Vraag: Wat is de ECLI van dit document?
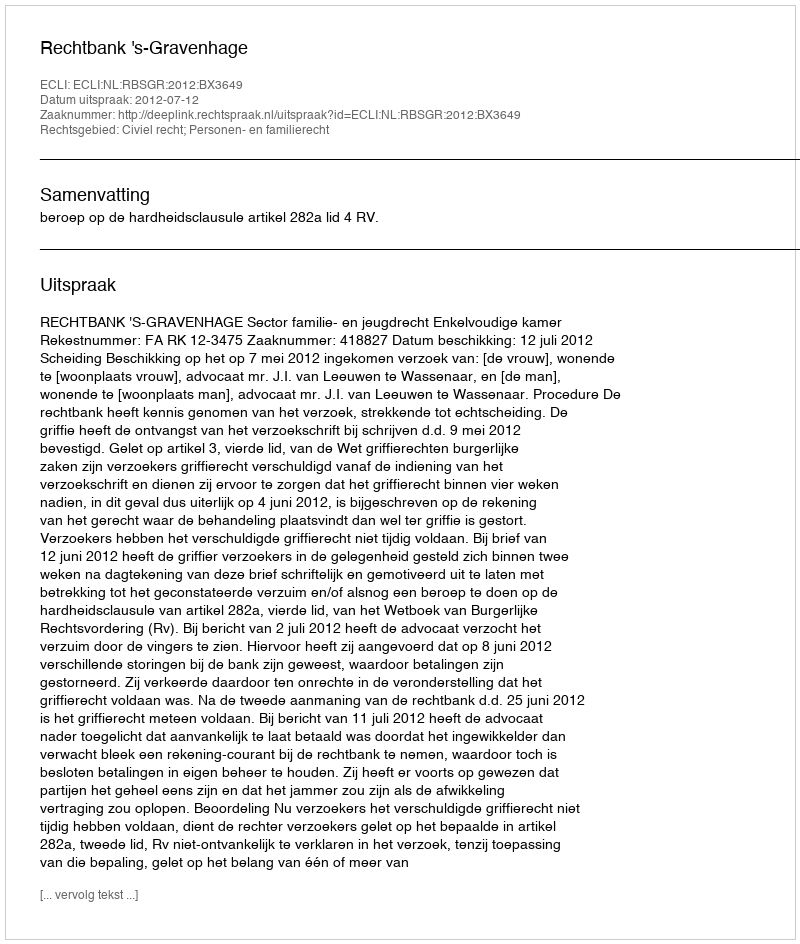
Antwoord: ECLI:NL:RBSGR:2012:BX3649